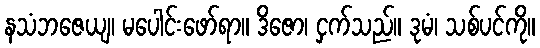
နသံဘဇေယျ၊ မပေါင်းဖော်ရာ။ ဒိဇော၊ ငှက်သည်။ ဒုမံ၊ သစ်ပင်ကို။